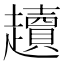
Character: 𧾥